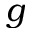
g